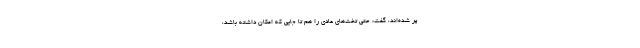
پر شده‌اند، گفت: حتی تخت‌های عادی را هم تا جایی که امکان داشته باشد،